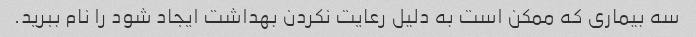
سه بیماری که ممکن است به دلیل رعایت نکردن بهداشت ایجاد شود را نام ببرید.